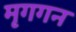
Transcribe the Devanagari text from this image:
मृगगन